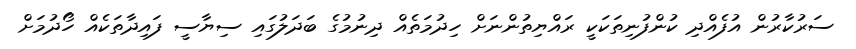
ސަރުކާރުން އުފެއްދި ކުންފުނިތަކަކީ ރައްޔިތުންނަށް ހިދުމަތެއް ދިނުމުގެ ބަދަލުގައި ސިޔާސީ ފައިދާތަކެއް ހޯދުމަށް